Mental hospitals Bombay report 1929-33 - 1929-1933
Year: 1929
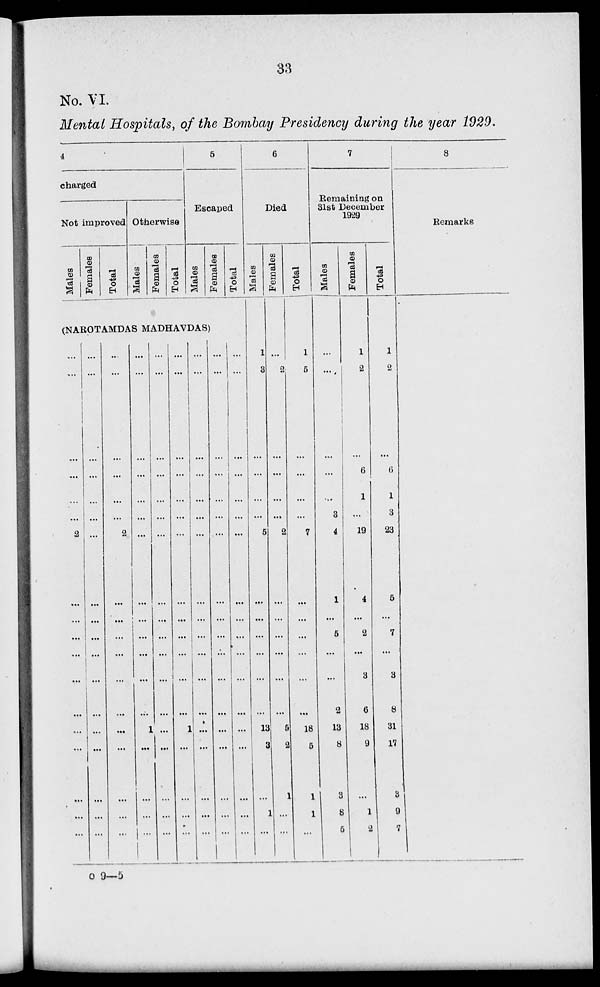
33
No. VI.
Mental Hospitals, of the Bombay Presidency during the year 1929.
4
charged
Not improved
Males
Females
Total
Otherwise
Males
Females
Total
5
Escaped
Males
Females
Total
(NAROTAMDAS MADHAVDAS)
...
...
...
...
...
...
2
...
...
...
...
...
...
...
...
...
...
...
...
...
...
...
...
...
...
...
...
...
...
...
...
...
...
...
...
...
...
...
...
...
...
...
2
...
...
...
...
...
...
...
...
...
...
...
...
...
...
...
...
...
...
...
...
...
...
...
...
1
...
...
...
...
...
...
...
...
...
...
...
...
...
...
...
...
...
...
...
...
...
...
...
...
...
...
...
...
...
...
...
...
...
...
...
1
...
...
...
...
...
...
...
...
...
...
...
...
...
...
...
...
...
...
...
...
...
...
...
...
...
...
...
...
...
...
...
...
...
...
...
...
...
...
...
...
...
...
...
...
...
...
...
...
...
...
...
...
...
...
...
...
...
...
6
Died
Males
1
3
...
...
...
...
5
...
...
...
...
...
...
13
3
...
1
...
Females
...
2
...
...
...
...
2
...
...
...
...
...
...
5
2
1
...
...
Total
1
5
...
...
...
...
7
...
...
...
...
...
...
18
5
1
1
...
7
Remaining on
31st December
1929
Males
...
...
...
...
...
3
4
1
...
5
...
...
2
13
8
3
8
5
Females
1
2
...
6
1
...
19
4
...
2
...
3
6
18
9
...
1
2
Total
1
2
...
6
1
3
23
5
...
7
...
3
8
31
17
3
9
7
8
Remarks
O 9—5